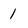
Character: 1